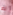
لم